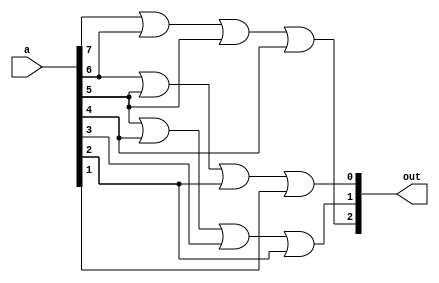
module enc_gray (
    input  wire [7:0] a,
    output wire [2:0] out
);

    assign out[2] = a[7] | a[6] | a[5] | a[4];
    assign out[1] = a[5] | a[4] | a[3] | a[2];
    assign out[0] = a[6] | a[5] | a[2] | a[1];

endmodule